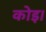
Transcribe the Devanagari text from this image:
कोइ।